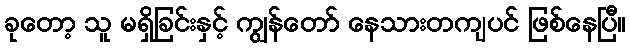
ခုတော့ သူ မရှိခြင်းနှင့် ကျွန်တော် နေသားတကျပင် ဖြစ်နေပြီ။